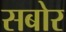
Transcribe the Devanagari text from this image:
सबोर